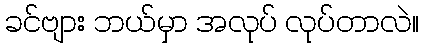
ခင်ဗျား ဘယ်မှာ အလုပ် လုပ်တာလဲ။